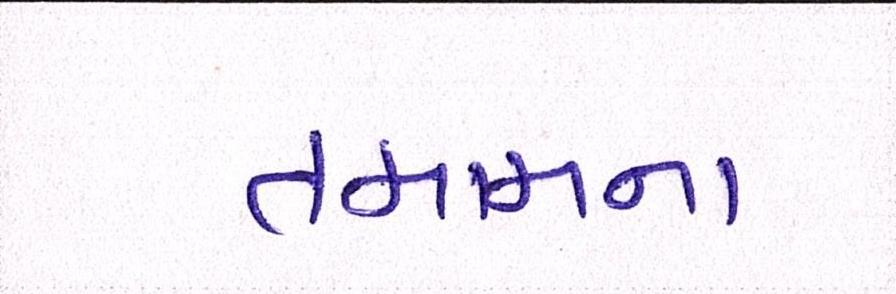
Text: તમામના